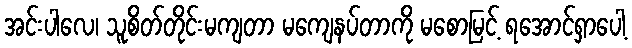
အင်းပါလေ၊ သူစိတ်တိုင်းမကျတာ မကျေနပ်တာကို မစောမြင့် ရအောင်ရှာပေါ့